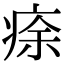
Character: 𤶠